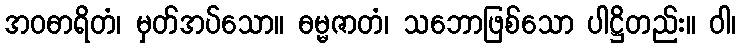
အဝဓာရိတံ၊ မှတ်အပ်သော။ ဓမ္မဇာတံ၊ သဘောဖြစ်သော ပါဋ္ဌိတည်း။ ဝါ၊